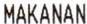
MAKANAN